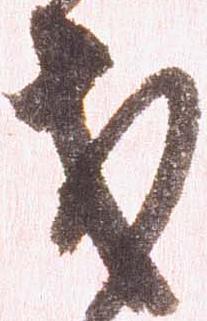
戈